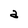
Character: a